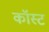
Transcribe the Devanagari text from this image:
कॉस्‍ट